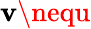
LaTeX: \mathbf{v}\nequ